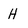
Character: H